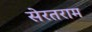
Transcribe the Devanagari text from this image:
सेरतराम